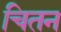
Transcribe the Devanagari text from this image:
चितन